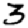
Digit: 3